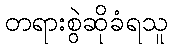
တရားစွဲဆိုခံရသူ